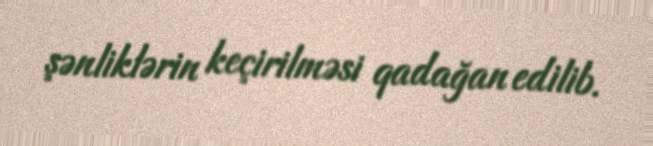
şənliklərin keçirilməsi qadağan edilib.